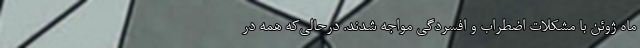
ماه ژوئن با مشکلات اضطراب و افسردگی مواجه شدند. درحالی‌که همه در